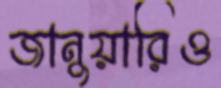
জানুয়ারিও